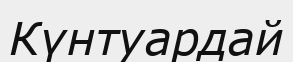
Күнтуардай